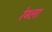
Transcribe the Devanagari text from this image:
रेग्ला